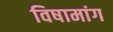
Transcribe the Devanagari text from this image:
विषामांग